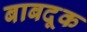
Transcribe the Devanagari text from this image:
बाबदूक